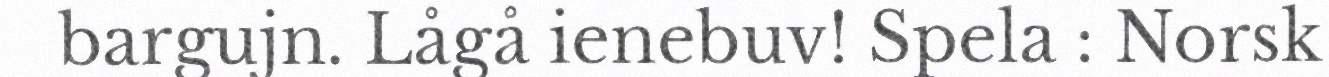
bargujn. Lågå ienebuv! Spela : Norsk